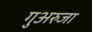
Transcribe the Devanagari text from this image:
गुअरुजा